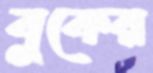
বুকের